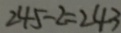
2 4 5 - 2 = 2 4 3